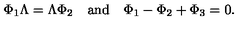
\Phi _ { 1 } \Lambda = \Lambda \Phi _ { 2 } \quad \mathrm { a n d } \quad \Phi _ { 1 } - \Phi _ { 2 } + \Phi _ { 3 } = 0 .